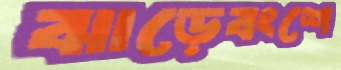
ঝাড়েবংশে